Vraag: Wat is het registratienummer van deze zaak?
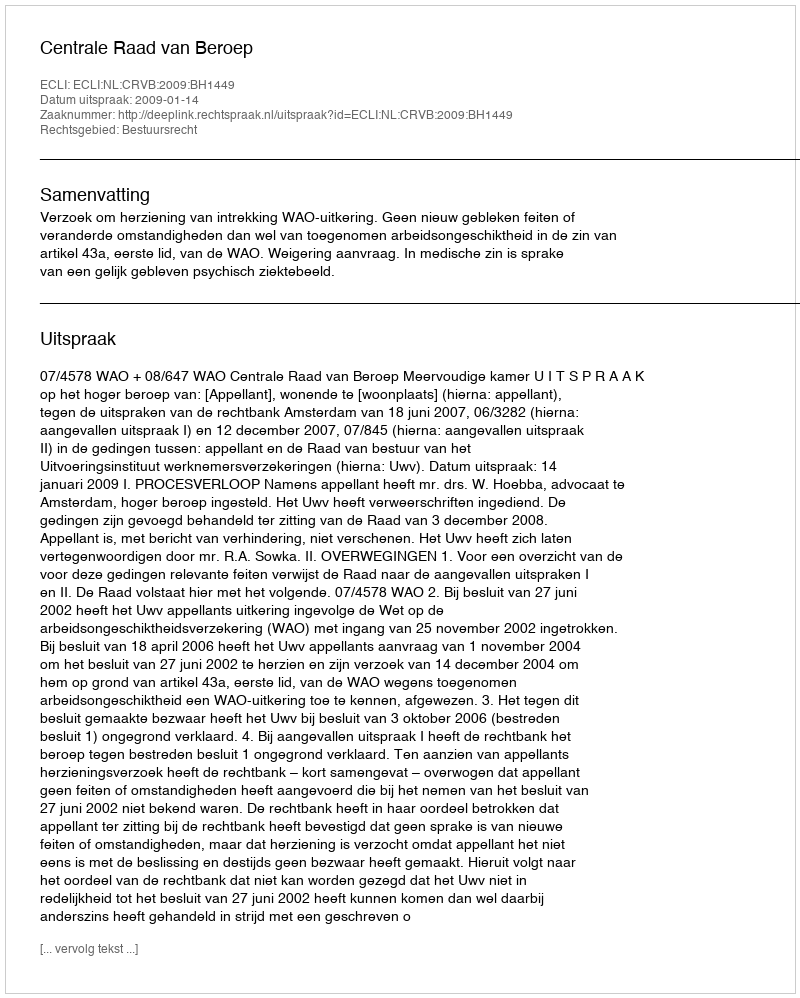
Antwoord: http://deeplink.rechtspraak.nl/uitspraak?id=ECLI:NL:CRVB:2009:BH1449